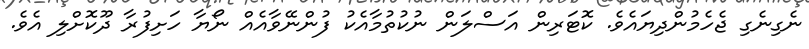
ނެގިނެގި ޖެހެމުންދިޔައެވެ. ކޮޓަރިން އަސްލަން ނުކުތުމާއެކު ފުންނޭވާއެއް ނޯޔާ ހަށިފުރާ ދޫކޮށްލި އެވެ.